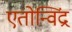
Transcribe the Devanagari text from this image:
एतोन्विंद्र